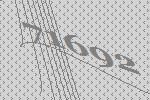
71692